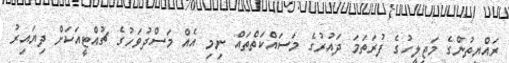
ރައްޔިތުންގެ މަޖިލީހުގެ ފުރަތަމަ ދައުރުގެ މަސައްކަތްތައް ނިމި އެއް މަސްދުވަހުގެ ޗުއްޓީއަކަށް ދިޔައިރު